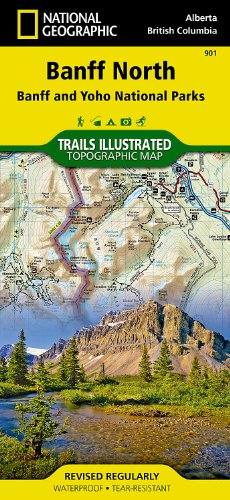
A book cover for Banff North [Banff and Yoho National Parks] (National Geographic Trails Illustrated Map); National Geographic Maps - Trails Illustrated; Travel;